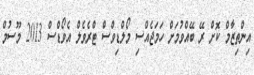
އިންތިޒާމް ކޮށް ރޭ ބޭއްވުމަށް ހަމަޖެއްސި މޯލްޑިވްސް ޓްރެވެލް އެވޯޑްސް 2013 މޫސުމް